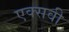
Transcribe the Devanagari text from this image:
एक्सवी